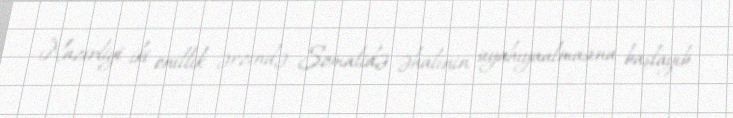
Nazirliyi iki onillik ərzində Somalidə əhalinin siyahıyaalmasına başlayıb.